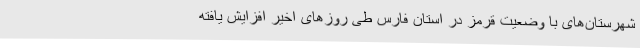
شهرستان‌های با وضعیت قرمز در استان فارس طی روزهای اخیر افزایش یافته